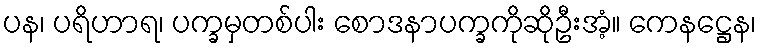
ပန၊ ပရိဟာရ၊ ပက္ခမှတစ်ပါး စောဒနာပက္ခကိုဆိုဦးအံ့။ ကေနဋ္ဌေန၊